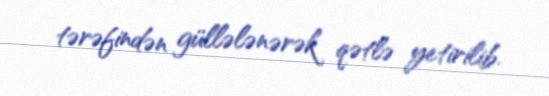
tərəfindən güllələnərək qətlə yetirilib.